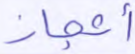
أعجاز